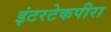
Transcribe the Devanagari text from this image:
इंटरटेकपीरा